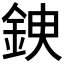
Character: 𨦢